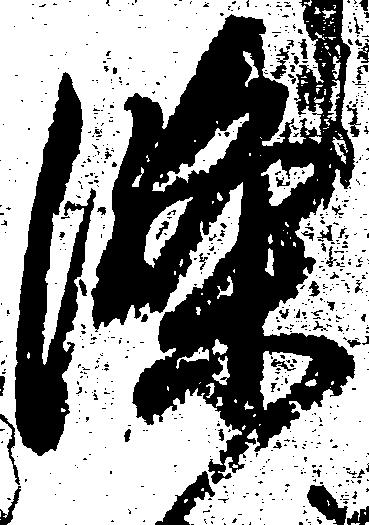
条